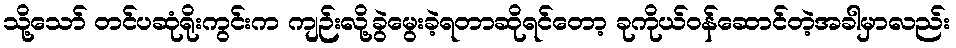
သို့သော် တင်ပဆုံရိုးကွင်းက ကျဉ်းလို့ခွဲမွေးခဲ့ရတာဆိုရင်တော့ ခုကိုယ်ဝန်ဆောင်တဲ့အခါမှာလည်း